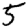
Digit: 5